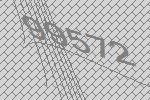
99572